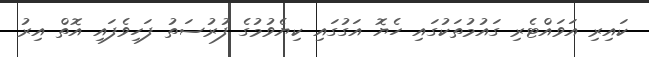
ކައިރި އަވައްޓެރި ގައުމުތަކުގައި ހެޔޮ އަގުގައި ކިޔެވުމުގެ ފުރުސަތު ފަހިވެފައި އޮތް އިރު